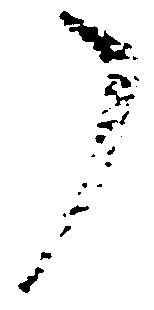
了